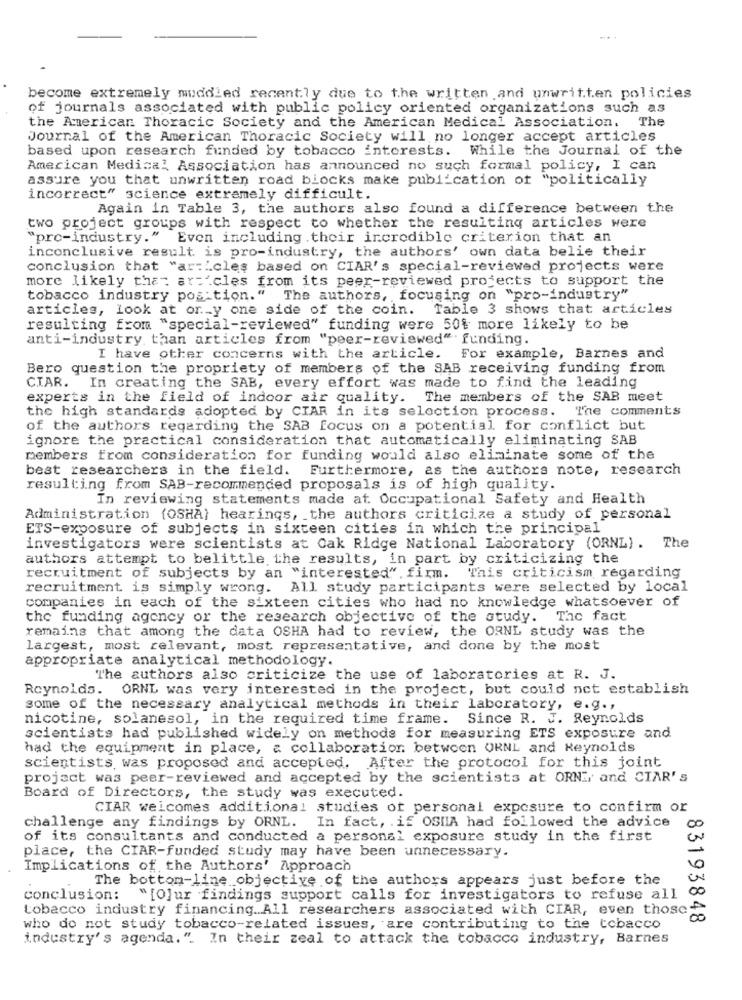
become extremely moddied recently due to the written and unwritten policies
of journals associated with public policy oriented organizations such as
the American Thoracic Society and the American Medical Association. The
Journal of the American Thoracic Society will no longer accept articles
based upon research funded by tobacco interests. While the Journal of the
American Medical Association has announced no such formal policy, I can
assure you that unwritten road blocks make publication of "politically
incorrect" science extremely difficult.
Again in Table 3, the authors also found a difference between the
two project groups with respect to whether the resulting articles were
"pro-industry." Even including . their incredible criterion that an
inconclusive result is pro-industry, the authors' own data belie their
conclusion that "articles based on CIAR's special-reviewed projects were
more likely that ar='cles from its peer-reviewed projects to support the
tobacco industry position." The authors, focusing on "pro-industry"
articles, look at or ._ y one side of the coin. Table 3 shows that articles
resulting from "special-reviewed" funding were 50% more likely to be
anti-industry, than articles from "peer-reviewed" funding.
I have other concerns with the article. For example, Barnes and
Bero question the propriety of members of the SAB receiving funding from
CIAR. In creating the SAB, every effort was made to find the leading
experts in the field of indoor air quality. The members of the SAB meet
the high standards adopted by CIAR in its selection process. The comments
of the authors regarding the SAB focus on a potential for conflict but
ignore the practical consideration that automatically eliminating SAB
members from consideration for funding would also eliminate some of the
best researchers in the field. Furthermore, as the authors note, research
resulting from SAB-recommended proposals is of high quality.
In reviewing statements made at Occupational Safety and Health
Administration (OSHA) hearings, the authors criticize a study of personal
ETS-exposure of subjects in sixteen cities in which the principal
investigators were scientists at Oak Ridge National Laboratory (ORNL). The
authors attempt to belittle the results, in part by criticizing the
recruitment of subjects by an "interested". firm. This criticism regarding
recruitment is simply wrong. All study participants were selected by local
companies in each of the sixteen cities who had no knowledge whatsoever of
the funding agency or the research objective of the study. The fact
remains that among the data OSHA had to review, the ORNL study was the
largest, most relevant, most representative, and done by the most
appropriate analytical methodology.
The authors also criticize the use of laboratories at R. J.
Reynolds. ORNL was very interested in the project, but could not establish
some of the necessary analytical methods in their laboratory, e.g .,
nicotine, solanesol, in the required time frame.
Since R. J. Reynolds
scientists had published widely on methods for measuring ETS exposure and
had the equipment in place, & collaboration between ORNL and Reynolds
scientists was proposed and accepted. After the protocol for this joint
project was peer-reviewed and accepted by the scientists at ORN :, and CIAR's
Board of Directors, the study was executed.
CIAR welcomes additional studies of personal exposure to confirm or
challenge any findings by ORNL. In fact, if OSHIA had followed the advice
00
of its consultants and conducted a personal exposure study in the first
place, the CIAR-funded study may have been unnecessary.
Implications of the Authors' Approach
The bottom-line objective of the authors appears just before the
conclusion: "[O]ur findings support calls for investigators to refuse all
tobacco industry financing .. All researchers associated with CIAR, even those
00
83193848
who do not study tobacco-related issues, are contributing to the tobacco
industry's agenda.". In their zeal to attack the tobacco industry, Barnes